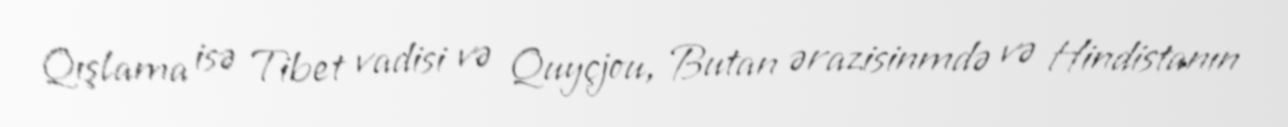
Qışlama isə Tibet vadisi və Quyçjou, Butan ərazisinmdə və Hindistanın